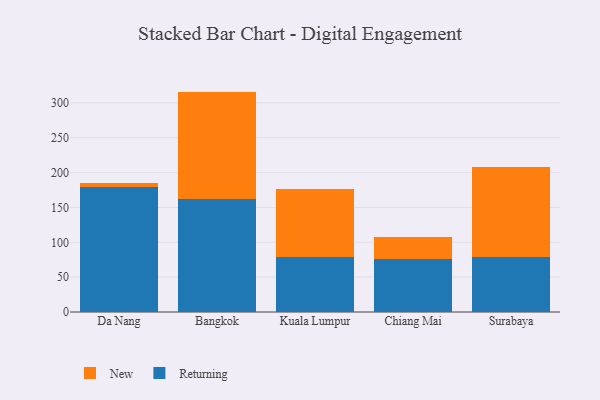
{"axis": {"x": "City", "y": "Bounce Rate (%)"}, "legend": ["New", "Returning"], "data": [{"x": "Da Nang", "y": 179.4, "type": "Returning"}, {"x": "Da Nang", "y": 5.6, "type": "New"}, {"x": "Bangkok", "y": 162.2, "type": "Returning"}, {"x": "Bangkok", "y": 154.0, "type": "New"}, {"x": "Kuala Lumpur", "y": 78.4, "type": "Returning"}, {"x": "Kuala Lumpur", "y": 97.5, "type": "New"}, {"x": "Chiang Mai", "y": 76.3, "type": "Returning"}, {"x": "Chiang Mai", "y": 30.6, "type": "New"}, {"x": "Surabaya", "y": 79.0, "type": "Returning"}, {"x": "Surabaya", "y": 129.7, "type": "New"}]}